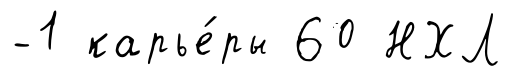
-1 карье́ры 60 НХЛ